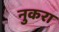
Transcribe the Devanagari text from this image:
नुकरा